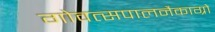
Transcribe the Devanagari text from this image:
गोवत्सपालनैकाग्रो